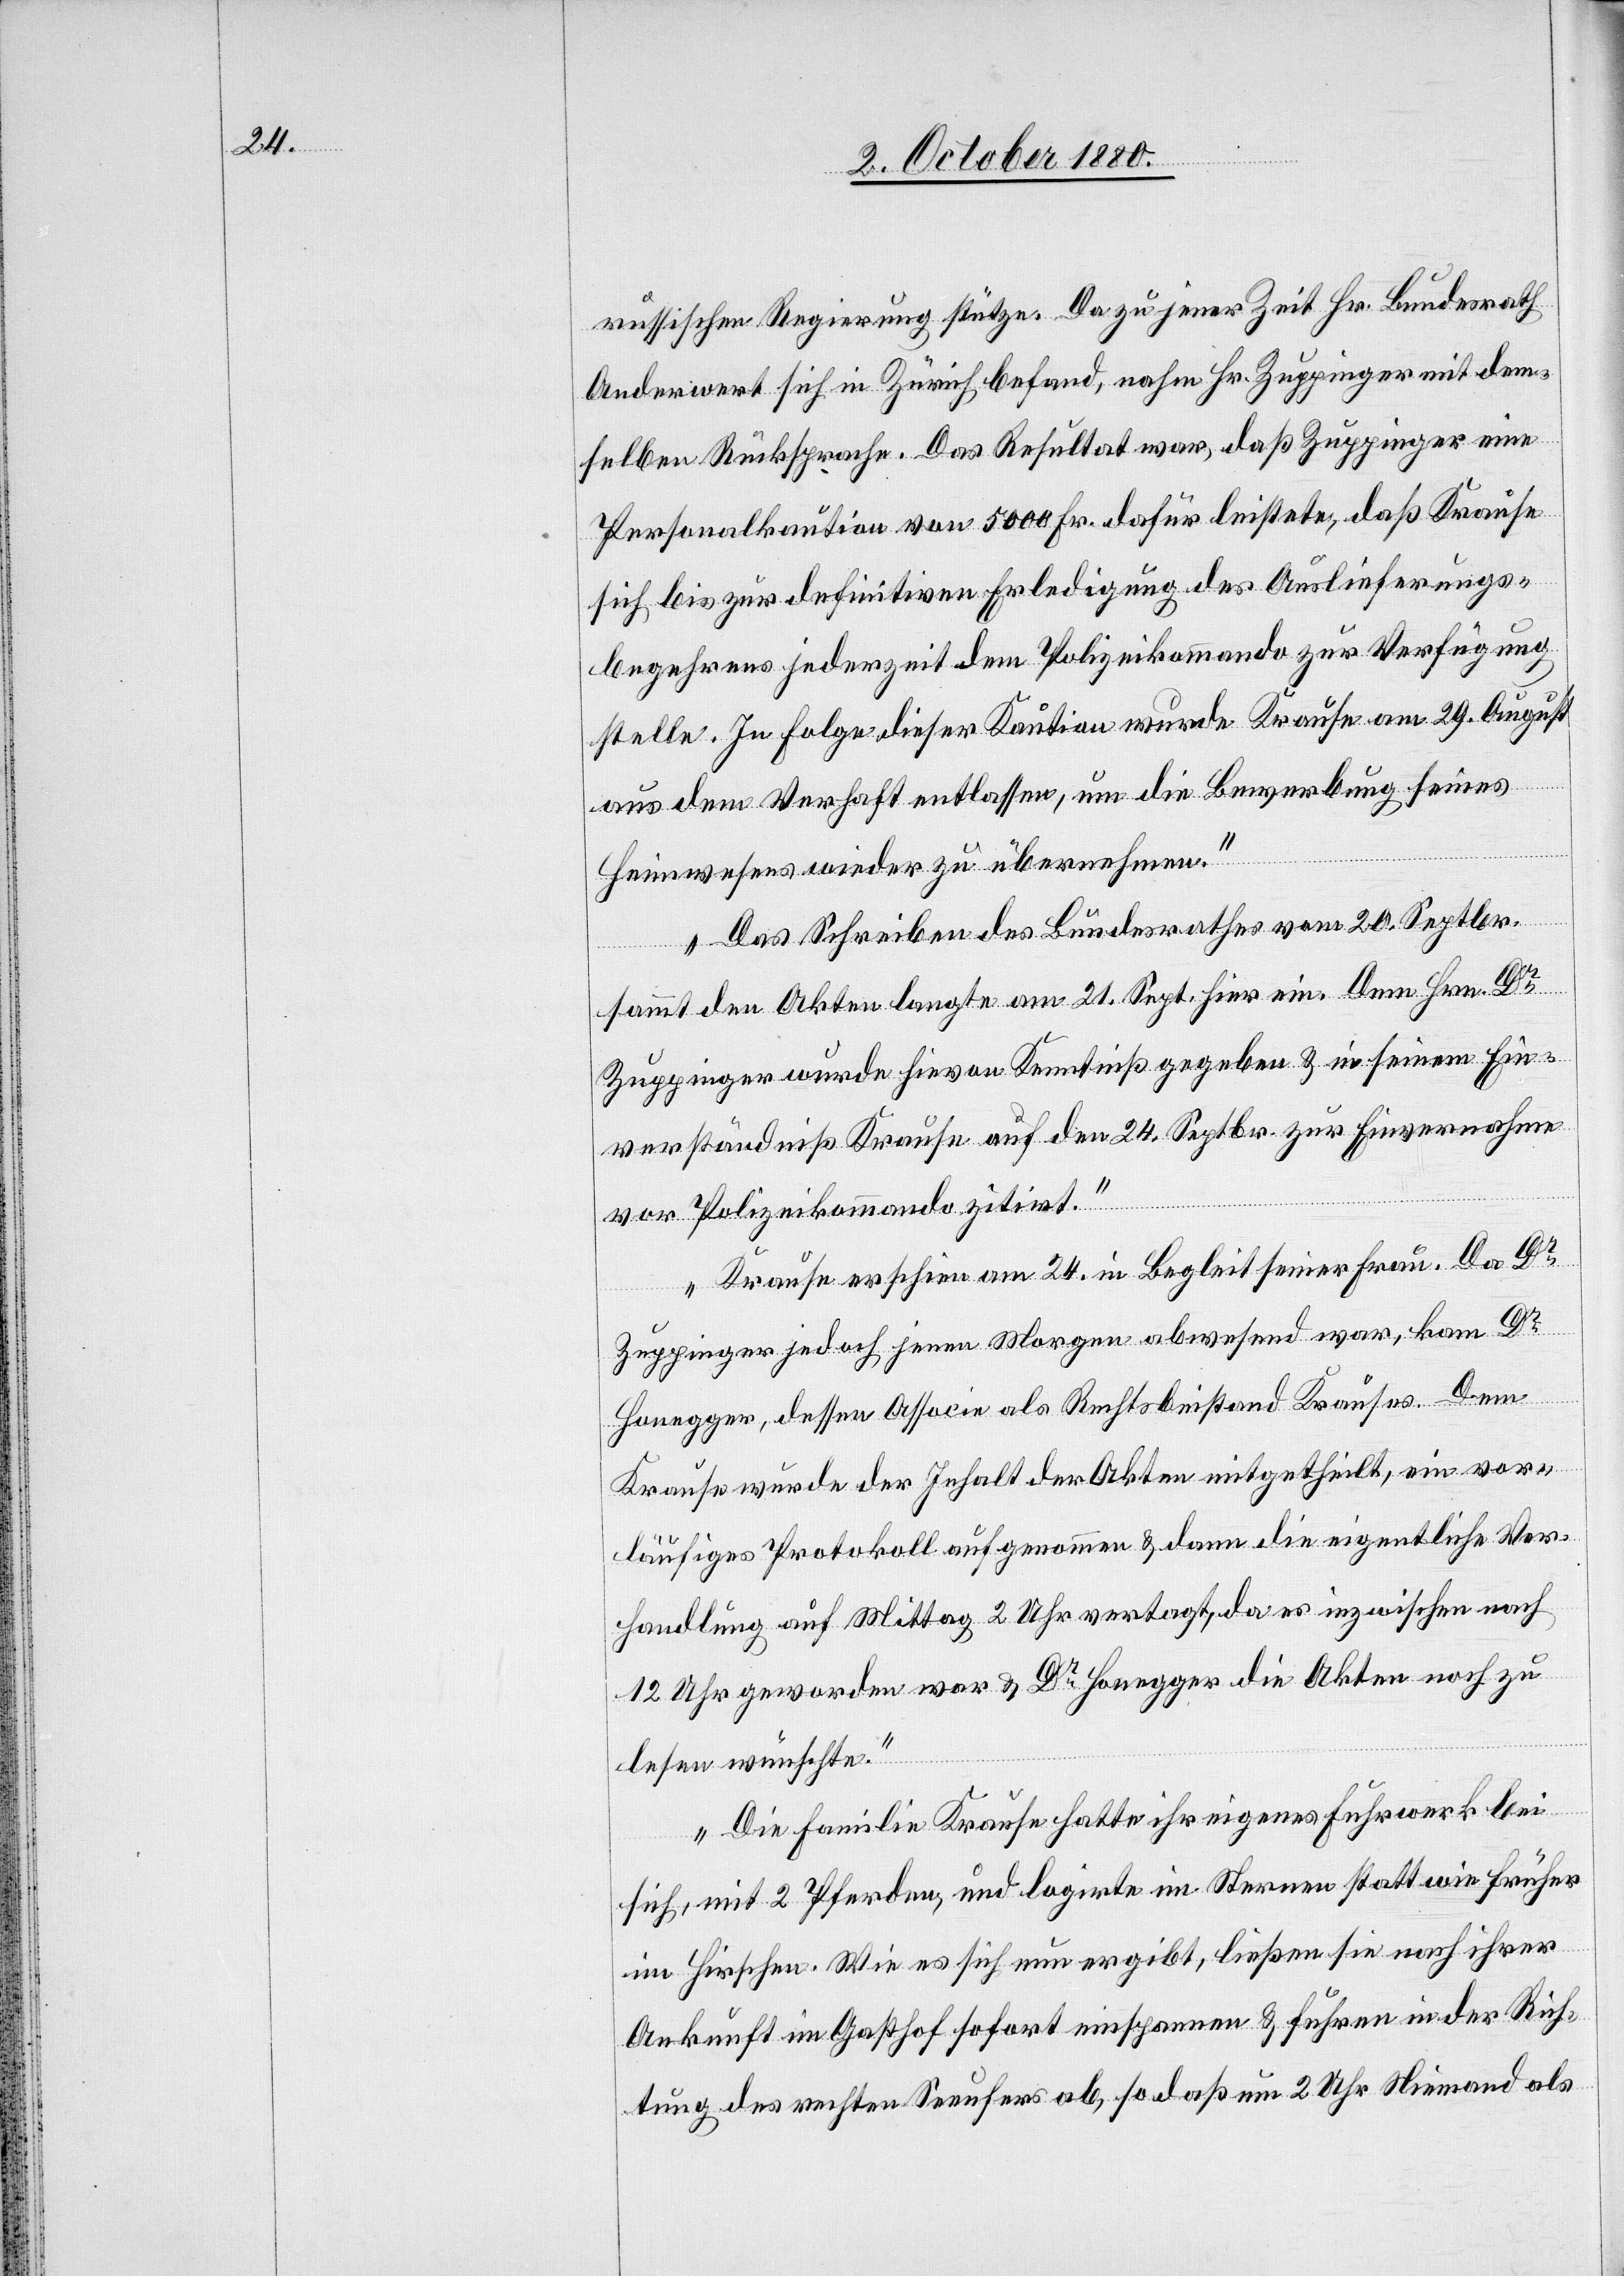
russischen Regierung stützte. Da zu jener Zeit Hr. Bundesrath
Anderwert sich in Zürich befand, nahm Hr. Zuppinger mit dem¬
selben Rücksprache. Das Resultat war, daß Zuppinger eine
Personalkaution von 5000 Fr. dafür leistete, daß Krause
sich bis zur definitiven Erledigung des Auslieferungs¬
begehrens jederzeit dem Polizeikommando zur Verfügung
stelle. In Folge dieser Kaution wurde Krause am 29. August
aus dem Verhaft entlassen, um die Bewerbung seines
Heimwesens wieder zu übernehmen.
Das Schreiben des Bundesrathes vom 20. Septbr.
sammt den Akten langte am 21. Sept. hier ein. Dem Hrn. Dr
Zuppinger wurde hievon Kenntniß gegeben & in seinem Ein¬
verständniß Krause auf den 24. Septbr. zur Einvernahme
vor Polizeikommando zitirt.
Krause erschien am 24. in Begleitung seiner Frau. Da Dr
Zuppinger jedoch jenen Morgen abwesend war, kam Dr
Honegger, dessen Associe als Rechtsbeistand Krauses. Dem
Krause wurde der Inhalt der Akten mitgetheilt, ein vor¬
läufiges Protokoll aufgenommen & dann die eigentliche Ver¬
handlung auf Mittag 2 Uhr vertagt, da es inzwischen nach
12 Uhr geworden war & Dr Honegger die Akten noch zu
lesen wünschte.
Die Familie Krause hatte ihr eigens Fuhrwerk bei
sich, mit 2 Pferden, und logirte im Sternen statt wie früher
im Hirschen. Wie es sich nun ergibt, ließen sie nach ihrer
Ankunft im Gasthof sofort einspannen & fuhren in der Rich¬
tung des rechten Seeufers ab, so daß um 2 Uhr Niemand als